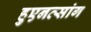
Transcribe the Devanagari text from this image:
हुएनत्सांग